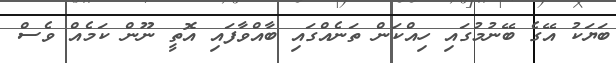
ބަޔަކު އޭގެ ބޭނުމުގައި ހިއްކަން ތަނެއްގައި ބާއްވާފައި އޮތީ ނޫން ކަމެއް ވެސް